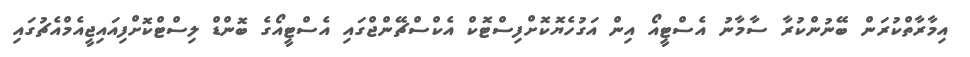
އިމާރާތްކުރަން ބޭނުންކުރާ ސާމާނު އެސްޓީއޯ އިން އަގުހެޔޮކޮށްފިސްޓޮކް އެކްސްޗޭންޖްގައި އެސްޓީއޯގެ ބޮންޑް ލިސްޓްކޮށްފިއައިޖީއެމްއެޗުގައި